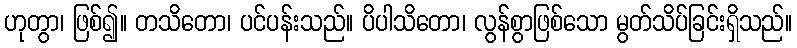
ဟုတွာ၊ ဖြစ်၍။ တသိတော၊ ပင်ပန်းသည်။ ပိပါသိတော၊ လွန်စွာဖြစ်သော မွတ်သိပ်ခြင်းရှိသည်။